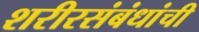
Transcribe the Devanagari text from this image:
शरीरसंबंधांची